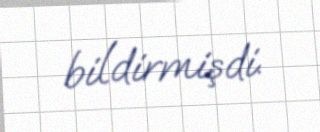
bildirmişdi.